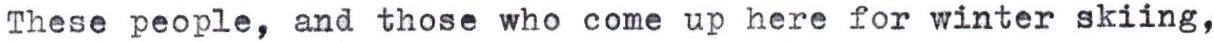
These people, and those who come up here for winter skiing,